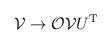
LaTeX: \begin{align*}{\cal{V}} \rightarrow {\cal{O}} {\cal{V}} U^{\rm T}\end{align*}